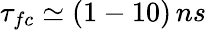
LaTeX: \tau_{fc}\simeq(1-10)\, ns